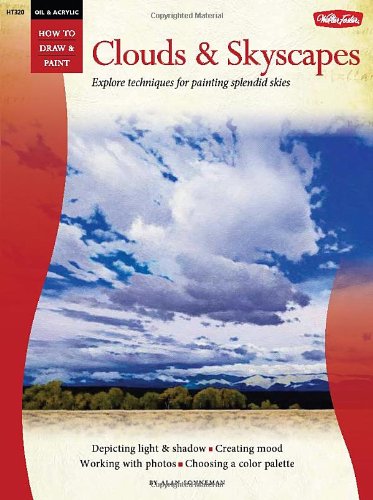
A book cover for Oil & Acrylic: Clouds & Skyscapes (How to Draw & Paint); Alan Sonneman; Arts & Photography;